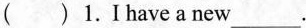
( ) 1.Ihave a new___.